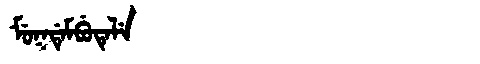
Manchu: ᠮᡠᡴᡩᡝᠮᠪᡠᡨᡝᠯᡝ
Romanization: MUKDEMBUTELE